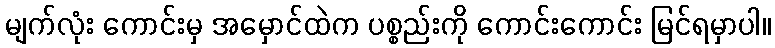
မျက်လုံး ကောင်းမှ အမှောင်ထဲက ပစ္စည်းကို ကောင်းကောင်း မြင်ရမှာပါ။